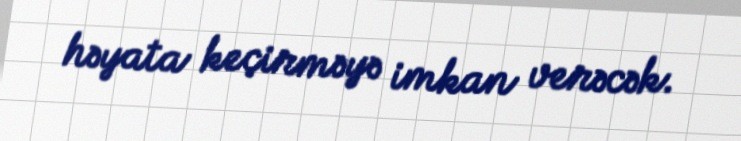
həyata keçirməyə imkan verəcək.